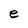
Character: e